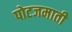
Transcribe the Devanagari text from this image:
पोटजमाती